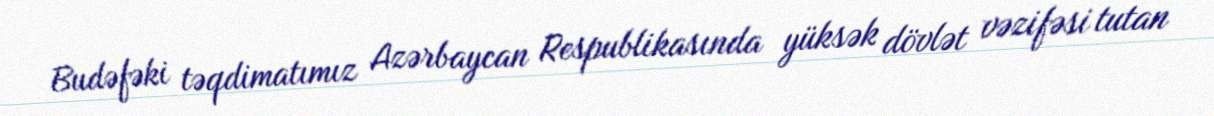
Budəfəki təqdimatımız Azərbaycan Respublikasında yüksək dövlət vəzifəsi tutan